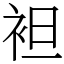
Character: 袒